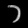
Digit: ၁